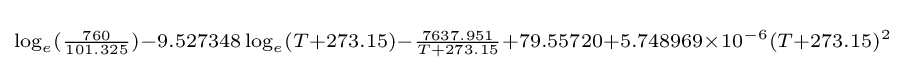
\scriptstyle \log _{e}({\frac {760}{101.325}})-9.527348\log _{e}(T+273.15)-{\frac {7637.951}{T+273.15}}+79.55720+5.748969\times 10^{-6}(T+273.15)^{2}